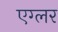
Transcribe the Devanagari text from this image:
एग्लर